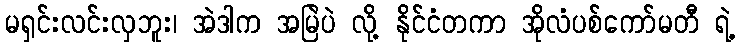
မရှင်းလင်းလှဘူး၊ အဲဒါက အမြဲပဲ လို့ နိုင်ငံတကာ အိုလံပစ်ကော်မတီ ရဲ့